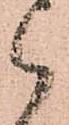
被